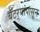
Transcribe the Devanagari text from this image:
बॅटर्‍यांपासून